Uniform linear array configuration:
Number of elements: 48
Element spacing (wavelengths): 0.25
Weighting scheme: blackman
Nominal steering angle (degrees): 60
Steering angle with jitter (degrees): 59.681
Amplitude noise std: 0.05
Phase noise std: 0.05

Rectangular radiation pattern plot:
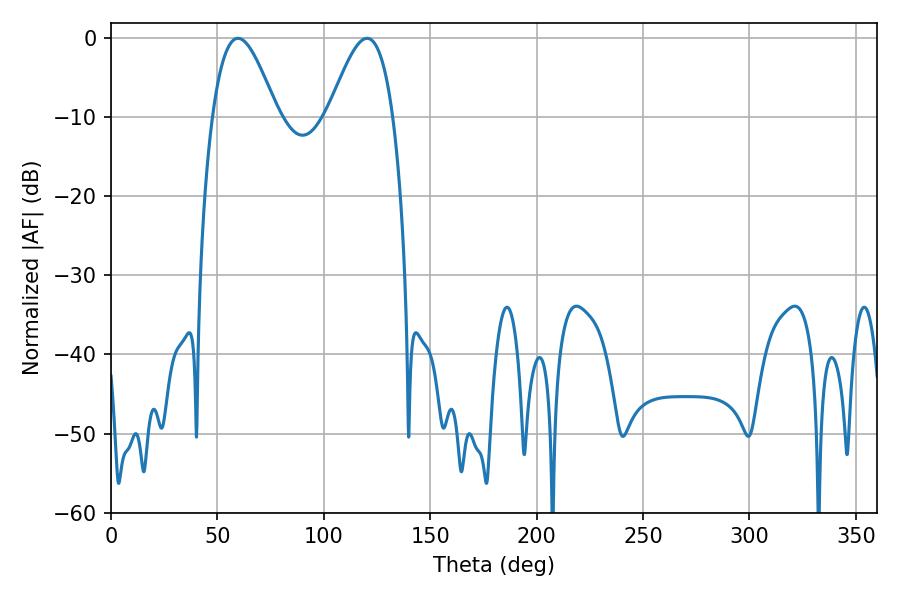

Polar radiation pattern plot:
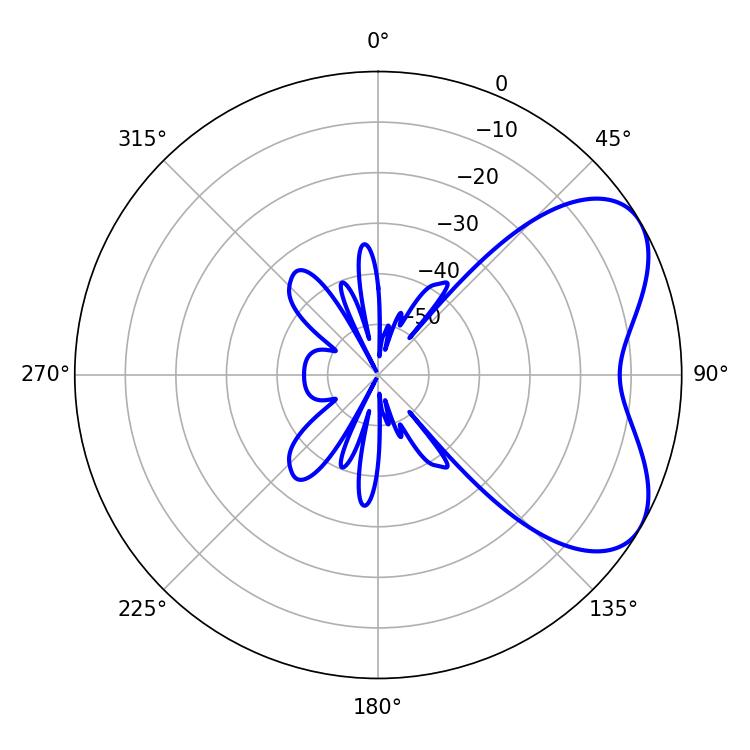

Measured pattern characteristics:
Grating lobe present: FALSE
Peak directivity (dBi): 5.497
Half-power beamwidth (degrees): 16.38
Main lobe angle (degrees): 59.76